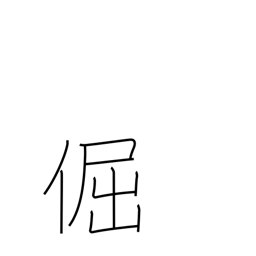
Meaning: stubborn